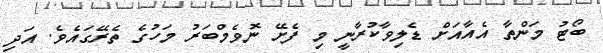
ބޯޓު މަންތާ އެއާއަށް ޑެލިވާކުރާނީ މި ފެށޭ ނޮވެމްބަރު މަހުގެ ތެރޭގައެވެ. އަދި